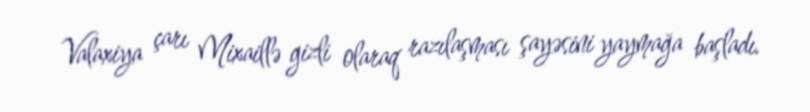
Valaxiya çarı Mixaillə gizli olaraq razılaşması şayəsini yaymağa başladı.